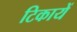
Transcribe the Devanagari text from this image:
टिकायें